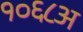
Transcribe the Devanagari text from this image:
१०६८अ